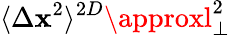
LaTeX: \langle\Delta\mathbf{x}^{2}\rangle^{2D}\approxl_{\perp}^{2}